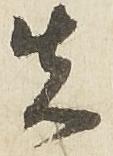
先